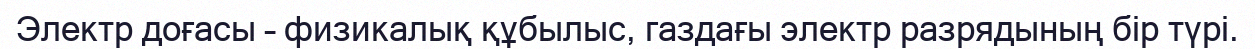
Электр доғасы – физикалық құбылыс, газдағы электр разрядының бір түрі.